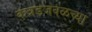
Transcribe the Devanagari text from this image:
कन्नडजवळच्या